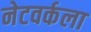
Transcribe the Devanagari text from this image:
नेटवर्कला